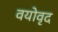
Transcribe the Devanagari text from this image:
वयोवृद